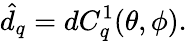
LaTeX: \hat{d}_{q}=dC_{q}^{1}(\theta,\phi).